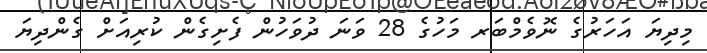
މިދިޔަ އަހަރުގެ ނޮވެމްބަރ މަހުގެ 28 ވަނަ ދުވަހުން ފެށިގެން ކުރިއަށް ގެންދިޔަ